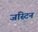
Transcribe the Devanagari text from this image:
जस्‍टिन